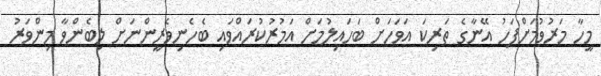
މީހާ މަރުވުމަށްފަހު އޭނާގެ ތަރިކަ އަވަހަށް ބަހައިލުމަށް އަމުރުކުރައްވައި ބެހެނިވެރީންނަށް ލިބެންވާ މިންވަރު